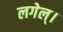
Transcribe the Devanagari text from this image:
लगेल्।